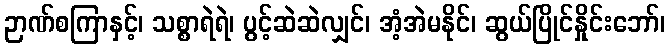
ဉာဏ်စကြာနှင့်၊ သစ္စာရဲရဲ၊ ပွင့်ဆဲဆဲလျှင်၊ အံ့အဲမနိုင်၊ ဆွယ်ပြိုင်နှိုင်းဘော်၊